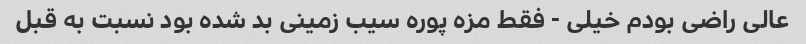
عالی راضی بودم خیلی - فقط مزه پوره سیب زمینی بد شده بود نسبت به قبل